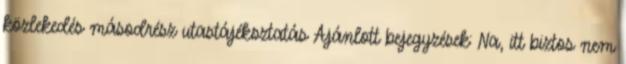
közlekedés másodrész utastájékoztatás Ajánlott bejegyzések: Na, itt biztos nem